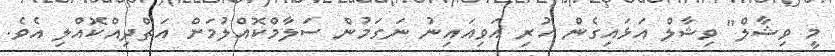
މީ ވިޝާލް" ވިޝާލް އަޅައިގެން ހުރި އަވިއައިނު ނަގަމުން ސަލާމްކޮއްލުމަށް އަތްދިއްކޮއްލި އެވެ.